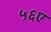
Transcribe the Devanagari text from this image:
५६ए